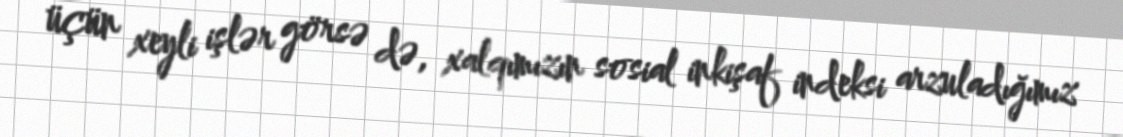
üçün xeyli işlər görsə də, xalqımızın sosial inkişaf indeksi arzuladığımız